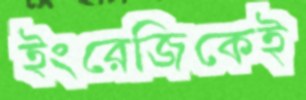
ইংরেজিকেই